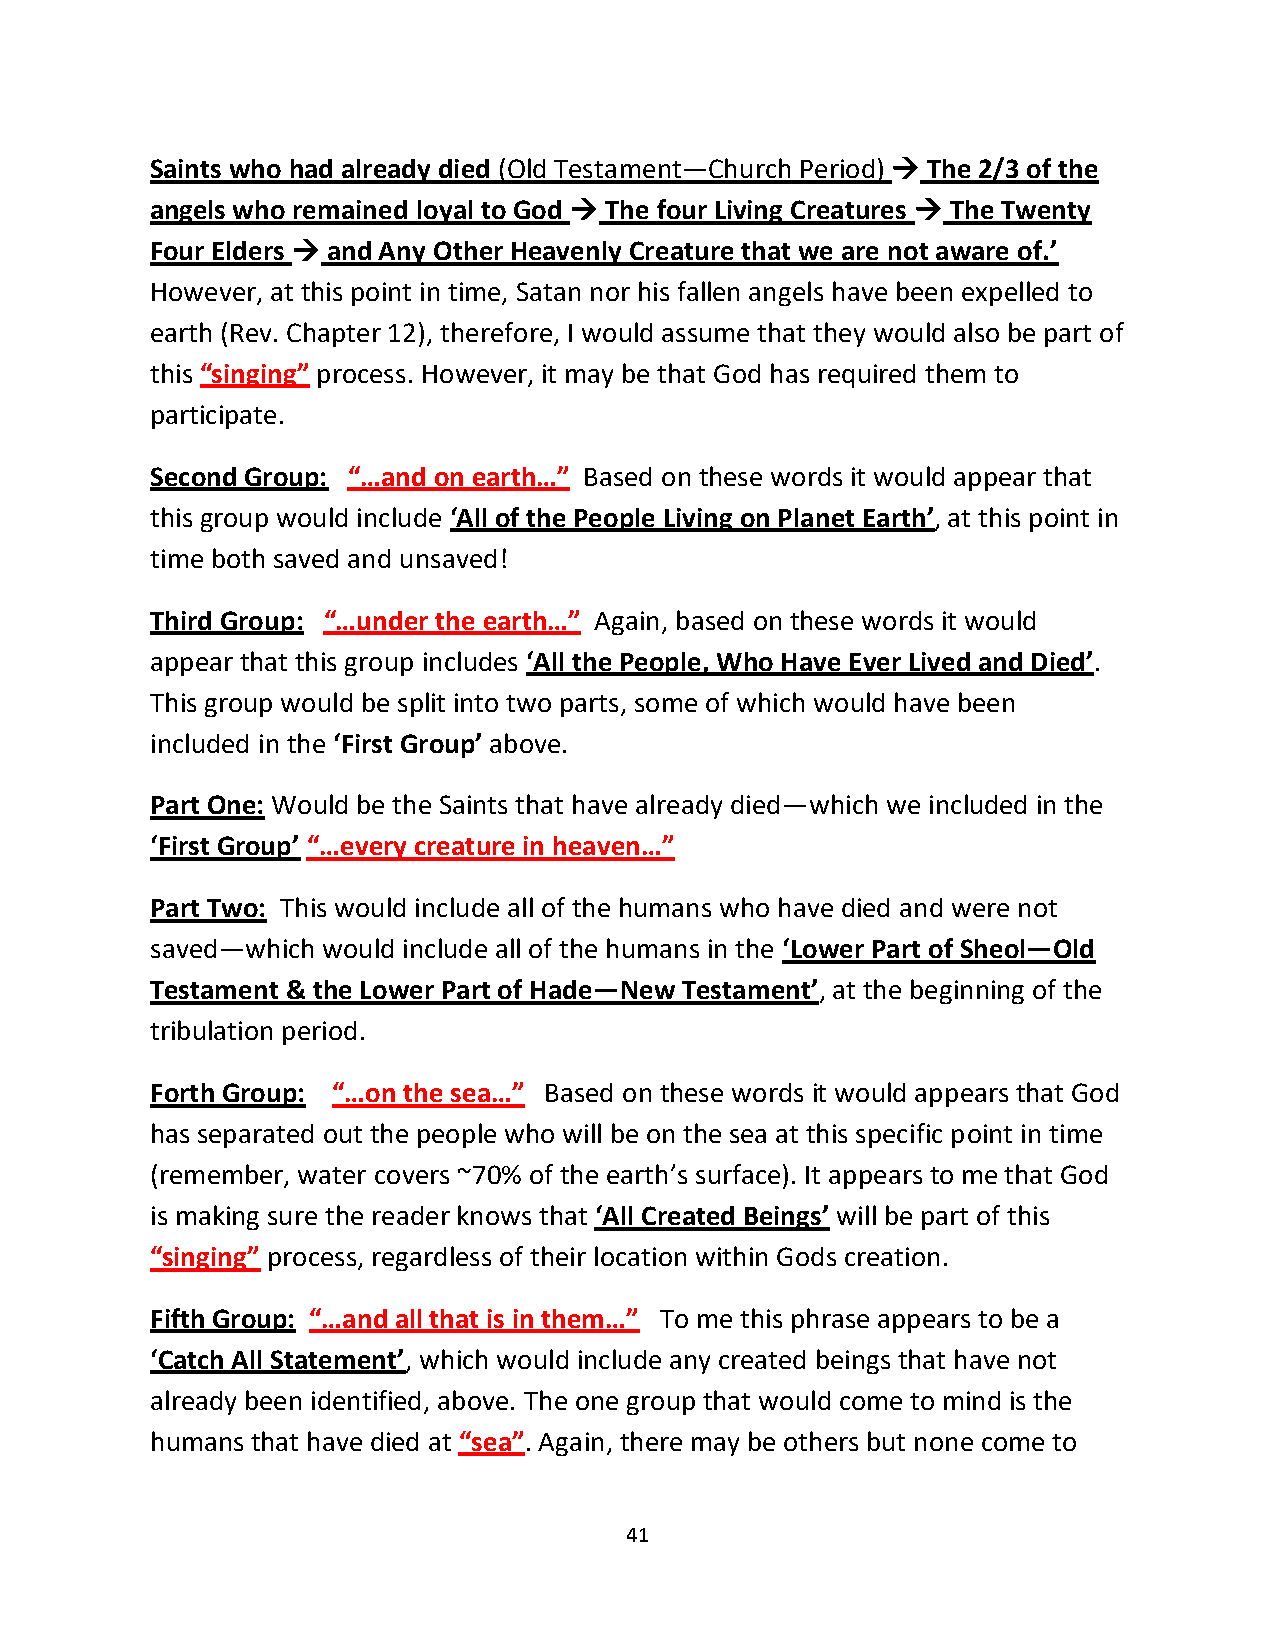
Saints who had already died (Old Testament—Church Period) → The 2/3 of the
 angels who remained loyal to God → The four Living Creatures → The Twenty
 Four Elders → and Any Other Heavenly Creature that we are not aware of.’
 However, at this point in time, Satan nor his fallen angels have been expelled to
 earth (Rev. Chapter 12), therefore, I would assume that they would also be part of
 this “singing” process. However, it may be that God has required them to
 participate.
 Second Group: “…and on earth…” Based on these words it would appear that
 this group would include ‘All of the People Living on Planet Earth’, at this point in
 time both saved and unsaved!
 Third Group: “…under the earth…” Again, based on these words it would
 appear that this group includes ‘All the People, Who Have Ever Lived and Died’.
 This group would be split into two parts, some of which would have been
 included in the ‘First Group’ above.
 Part One: Would be the Saints that have already died—which we included in the
 ‘First Group’ “…every creature in heaven…”
 Part Two: This would include all of the humans who have died and were not
 saved—which would include all of the humans in the ‘Lower Part of Sheol—Old
 Testament & the Lower Part of Hade—New Testament’, at the beginning of the
 tribulation period.
 Forth Group: “…on the sea…” Based on these words it would appears that God
 has separated out the people who will be on the sea at this specific point in time
 (remember, water covers ~70% of the earth’s surface). It appears to me that God
 is making sure the reader knows that ‘All Created Beings’ will be part of this
 “singing” process, regardless of their location within Gods creation.
 Fifth Group: “…and all that is in them…” To me this phrase appears to be a
 ‘Catch All Statement’, which would include any created beings that have not
 already been identified, above. The one group that would come to mind is the
 humans that have died at “sea”. Again, there may be others but none come to
 41